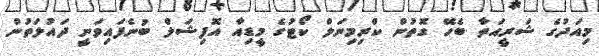
މިއަދުގެ ޝަރީއަތާ ބެހޭ ގޮތުން ކްރިމިނަލް ކޯޓުގެ މީޑިއާ އޮފިޝަލް ބުނެފައިވަނީ ދައުލަތުން